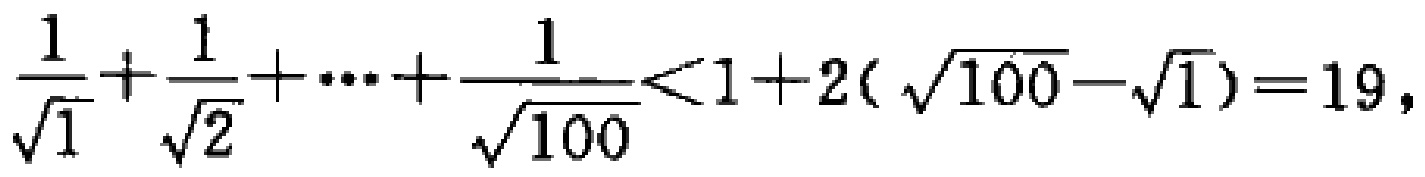
$\frac{1}{\sqrt{1}}+\frac{1}{\sqrt{2}}+\cdots+\frac{1}{\sqrt{100}}<1 + 2(\sqrt{100}-\sqrt{1})=19,$